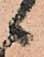
候